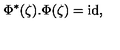
\Phi ^ { * } ( \zeta ) . \Phi ( \zeta ) = \mathrm { i d } ,